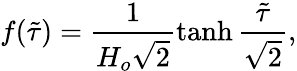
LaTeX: f(\tilde{\tau})=\frac{1}{H_{o}\sqrt{2}}\operatorname{tanh}\frac{\tilde{\tau}}{\sqrt{2}},